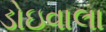
ડોઇવાલા